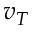
v _ { T }